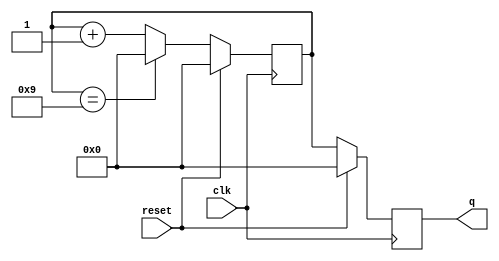
module bcd_counter(input clk, reset, output reg [3:0] q);
reg [3:0] t;
always @ (posedge clk) begin
  if (reset) 
  begin
    t <= 4'b0000;
    q <= 4'b0000;
  end
  else 
  begin
    t <= t + 1;
    if (t == 4'b1001) 
    begin
      t <= 4'b0000;
    end
    q <= t;
  end
end
endmodule